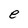
Character: e